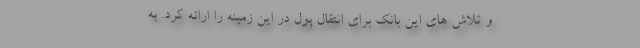
و تلاش های این بانک برای انتقال پول در این زمینه را ارائه کرد. به